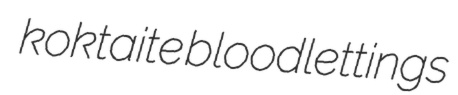
koktaite bloodlettings